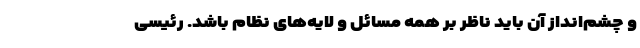
و چشم‌انداز آن باید ناظر بر همه مسائل و لایه‌های نظام باشد. رئیسی